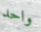
واحد